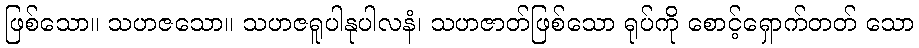
ဖြစ်သော။ သဟဇသော။ သဟဇရူပါနုပါလနံ၊ သဟဇာတ်ဖြစ်သော ရုပ်ကို စောင့်ရှောက်တတ် သော